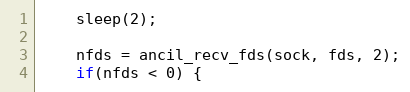
Language: C
    sleep(2);

    nfds = ancil_recv_fds(sock, fds, 2);
    if(nfds < 0) {